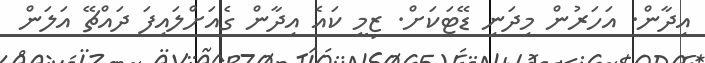
އިދާން. އަހަރުން މިދަނި ޑޭޓަކަށް. ޒިމީ ކައެ އިދާން ގެއަށްލައިފަ ދައްޗޭ އަލަން